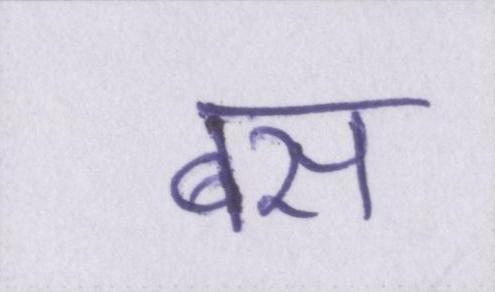
बस